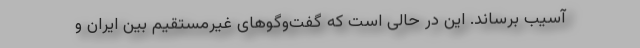
آسیب برساند. این در حالی است که گفت‌وگوهای غیرمستقیم بین ایران و